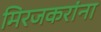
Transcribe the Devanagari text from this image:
मिरजकरांना